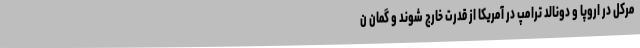
مرکل در اروپا و دونالد ترامپ در آمریکا از قدرت خارج شوند و گمان ن